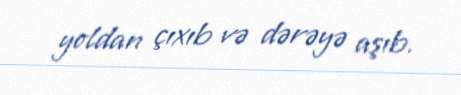
yoldan çıxıb və dərəyə aşıb.